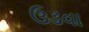
ઉડવા